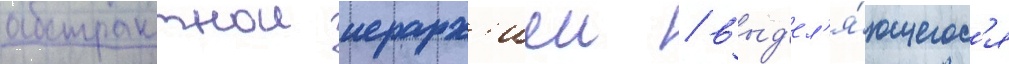
абстрактнои иерарх'иеи / выд'ел'я́ющегос'я